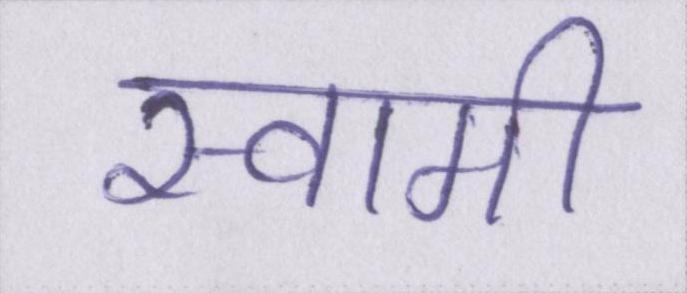
स्वामी